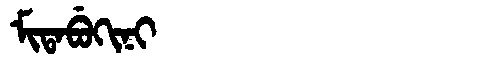
Manchu: ᠮᡳᡨᠠᠪᡠᡴᡳᠨᡳ
Romanization: MITABUKINI